Report of the Indian Hemp Drugs Commission, 1894-1895 - Volume I
Year: 1894
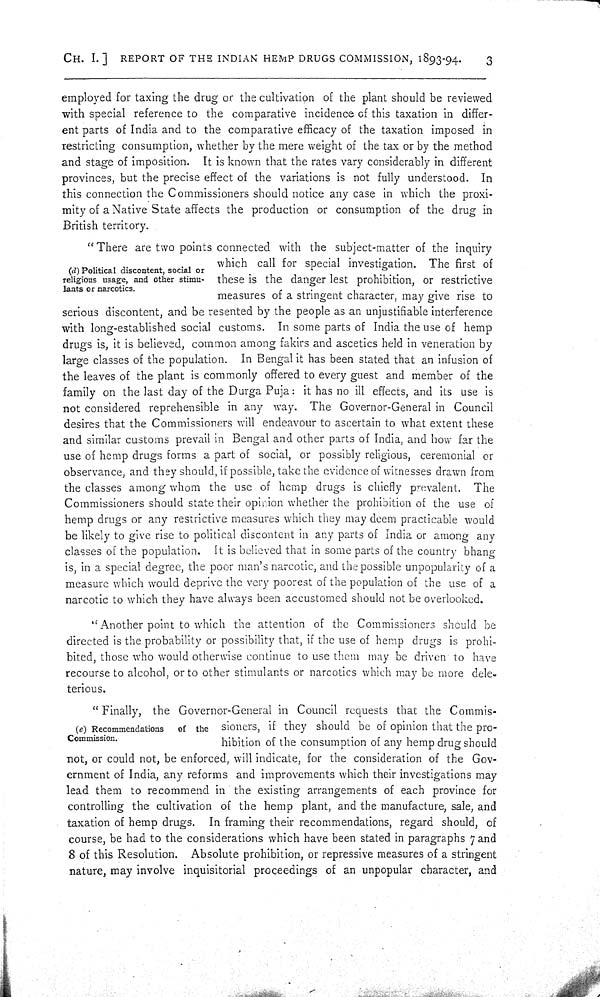
CH. I.] REPORT OF THE INDIAN HEMP DRUGS COMMISSION, 1893-94. 3
employed for taxing the drug or the cultivation of the plant should be reviewed
with special reference to the comparative incidence of this taxation in differ-
ent parts of India and to the comparative efficacy of the taxation imposed in
restricting consumption, whether by the mere weight of the tax or by the method
and stage of imposition. It is known that the rates vary considerably in different
provinces, but the precise effect of the variations is not fully understood. In
this connection the Commissioners should notice any case in which the proxi-
mity of a Native State affects the production or consumption of the drug in
British territory.
(d) Political discontent, social or
religious usage, and other stimu-
lants or narcotics.
"There are two points connected with the subject-matter of the inquiry
which call for special investigation. The first of
these is the danger lest prohibition, or restrictive
measures of a stringent character, may give rise to
serious discontent, and be resented by the people as an unjustifiable interference
with long-established social customs. In some parts of India the use of hemp
drugs is, it is believed, common among fakirs and ascetics held in veneration by
large classes of the population. In Bengal it has been stated that an infusion of
the leaves of the plant is commonly offered to every guest and member of the
family on the last day of the Durga Puja: it has no ill effects, and its use is
not considered reprehensible in any way. The Governor-General in Council
desires that the Commissioners will endeavour to ascertain to what extent these
and similar customs prevail in Bengal and other parts of India, and how far the
use of hemp drugs forms a part of social, or possibly religious, ceremonial or
observance, and they should, if possible, take the evidence of witnesses drawn from
the classes among whom the use of hemp drugs is chiefly prevalent. The
Commissioners should state their opinion whether the prohibition of the use of
hemp drugs or any restrictive measures which they may deem practicable would
be likely to give rise to political discontent in any parts of India or among any
classes of the population. It is believed that in some parts of the country bhang
is, in a special degree, the poor man's narcotic, and the possible unpopularity of a
measure which would deprive the very poorest of the population of the use of a
narcotic to which they have always been accustomed should not be overlooked.
"Another point to which the attention of the Commissioners should be
directed is the probability or possibility that, if the use of hemp drugs is prohi-
bited, those who would otherwise continue to use them may be driven to have
recourse to alcohol, or to other stimulants or narcotics which may be more dele-
terious.
(e) Recommendations
of the
Commission.
"Finally, the Governor-General in Council requests that the Commis-
sioners, if they should be of opinion that the pro-
hibition of the consumption of any hemp drug should
not, or could not, be enforced, will indicate, for the consideration of the Gov-
ernment of India, any reforms and improvements which their investigations may
lead them to recommend in the existing arrangements of each province for
controlling the cultivation of the hemp plant, and the manufacture, sale, and
taxation of hemp drugs. In framing their recommendations, regard should, of
course, be had to the considerations which have been stated in paragraphs 7 and
8 of this Resolution. Absolute prohibition, or repressive measures of a stringent
nature, may involve inquisitorial proceedings of an unpopular character, and